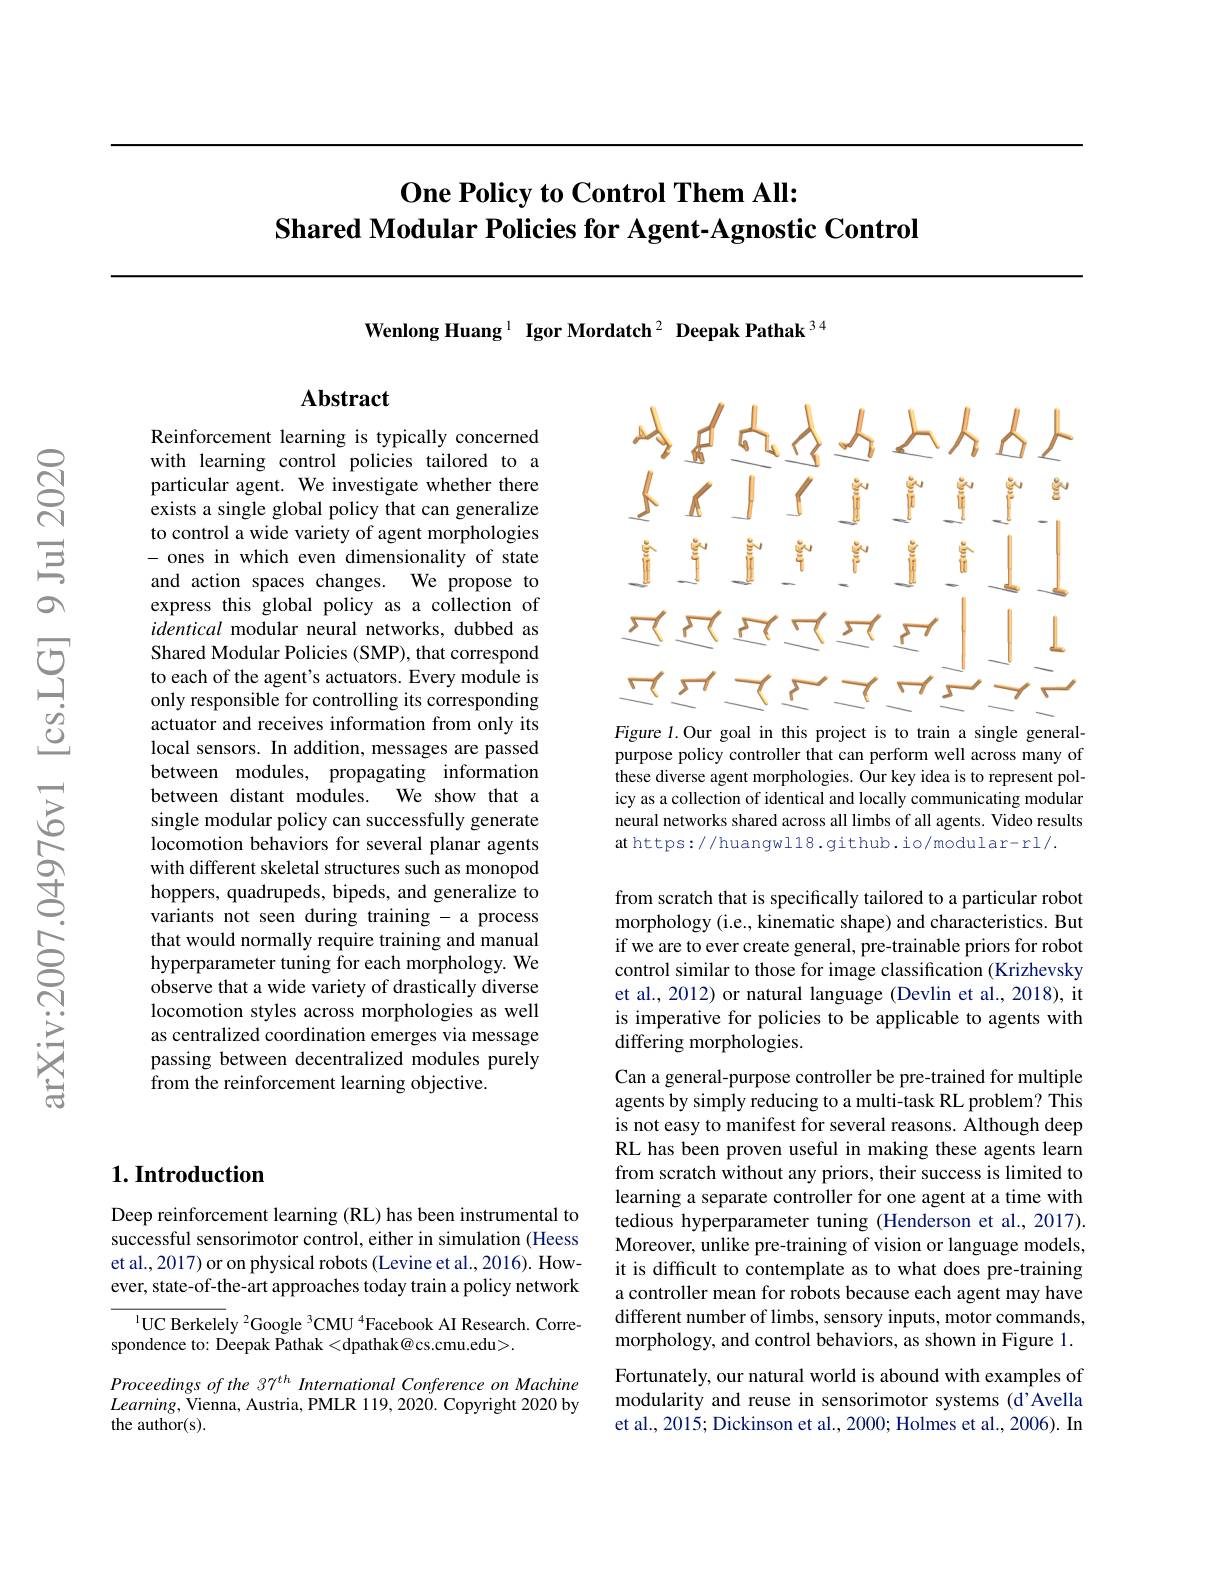
## $\textbf{One Policy to Control Them All: }$ Shared Modular Policies for Agent-Agnostic Control

Wenlong Huang $^{1}$ Igor Mordatch$^2\textbf{ Deepak Pathak}^{34}$

## $\mathbf{Abstract}$

Reinforcement learning is typically concerned with learning control policies tailored to a particular agent. We investigate whether there exists a single global policy that can generalize to control a wide variety of agent morphologies - ones in which even dimensionality of state and action spaces changes. We propose to express this global policy as a collection of identical modular neural networks, dubbed as Shared Modular Policies (SMP), that correspond to each of the agent's actuators. Every module is only responsible for controlling its corresponding actuator and receives information from only its local sensors. In addition, messages are passed between modules, propagating information between distant modules. We show that a single modular policy can successfully generate locomotion behaviors for several planar agents with different skeletal structures such as monopod hoppers, quadrupeds, bipeds, and generalize to variants not seen during training- a process that would normally require training and manual hyperparameter tuning for each morphology. We observe that a wide variety of drastically diverse locomotion styles across morphologies as well as centralized coordination emerges via message passing between decentralized modules purely from the reinforcement learning objective.

## $1. \textbf{Introduction}$

Deep reinforcement learning (RL) has been instrumental to successful sensorimotor control, either in simulation (Heess et al., 2017) or on physical robots (Levine et al., 2016). However, state-of-the-art approaches today train a policy network

$^{1}$UC Berkelely $^2$Google $^3$CMU $^4$Facebook AI Research. Corre-
spondence to: Deepak Pathak <dpathak@cs.cmu.edu>.

Proceedings of the 37$^{th}$ International Conference on Machine $Learning$,Vienna, Austria, PMLR 119, 2020. Copyright 2020 by the author(s).

<FigureHere>
Figure 1.Our goal in this project is to train a single general-

purpose policy controller that can perform well across many of these diverse agent morphologies. Our key idea is to represent policy as a collection of identical and locally communicating modular neural networks shared across all limbs of all agents. Video results at https://huangwl18.github.io/modular-rl/.

from scratch that is specifically tailored to a particular robot morphology (i.e., kinematic shape) and characteristics. But if we are to ever create general, pre-trainable priors for robot control similar to those for image classification (Krizhevsky et al., 2012) or natural language (Devlin et al., 2018), it is imperative for policies to be applicable to agents with $\hat{\text{differing morphologies.}}$

Can a general-purpose controller be pre-trained for multiple agents by simply reducing to a multi-task RL problem? This is not easy to manifest for several reasons. Âlthough deep RL has been proven useful in making these agents learn from scratch without any priors, their success is limited to learning a separate controller for one agent at a time with tedious hyperparameter tuning (Henderson et al., 2017). Moreover, unlike pre-training of vision or language models, it is difficult to contemplate as to what does pre-training a controller mean for robots because each agent may have different number of limbs, sensory inputs, motor commands, morphology, and control behaviors, as shown in Figure 1. Fortunately, our natural world is abound with examples of

modularity and reuse in sensorimotor systems (d'Avella et al., 2015; Dickinson et al., 2000; Holmes et al., 2006). In